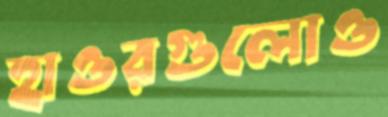
হাওরগুলোও